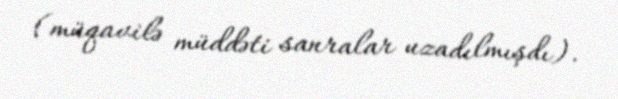
(müqavilə müddəti sanralar uzadılmışdı).